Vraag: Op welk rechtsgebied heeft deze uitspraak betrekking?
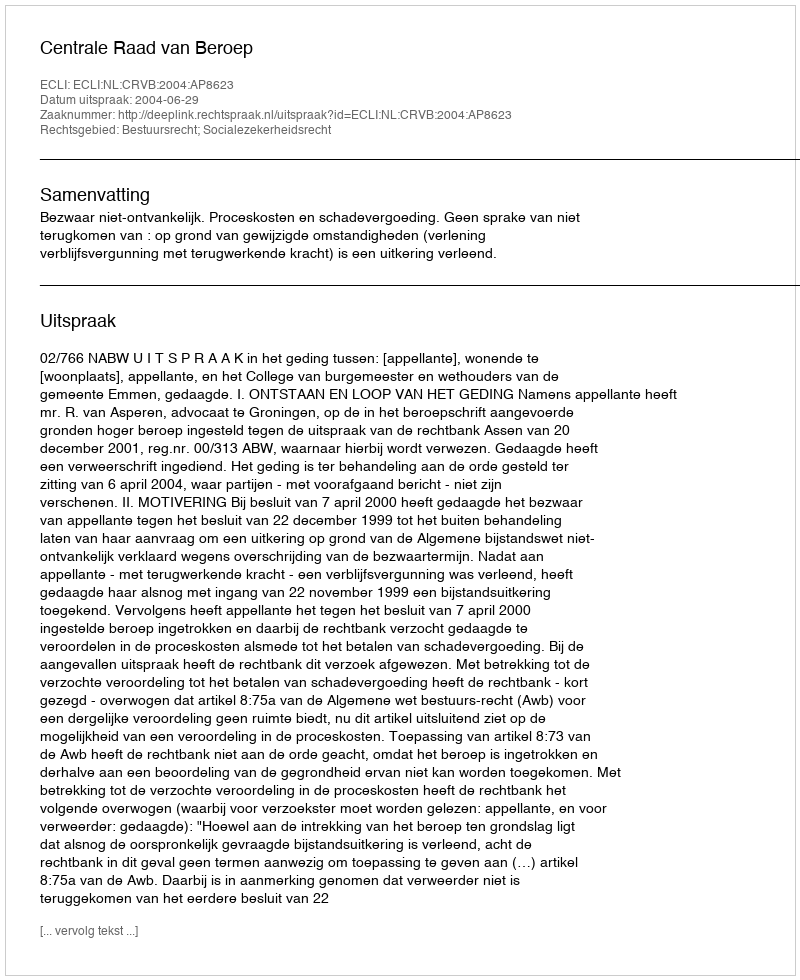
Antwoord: Bestuursrecht; Socialezekerheidsrecht